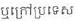
ឬក្រៅប្រទេស